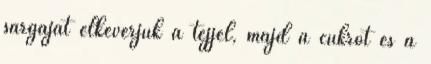
sárgáját elkeverjük a tejjel, majd a cukrot és a